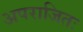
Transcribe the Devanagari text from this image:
अपराजितः